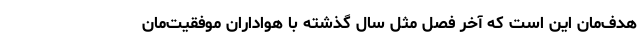
هدف‌مان این است که آخر فصل مثل سال گذشته با هواداران‌ موفقیت‌‌مان